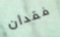
فقدان